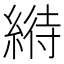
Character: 𦃀